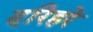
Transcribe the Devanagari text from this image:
दरिहरे